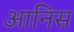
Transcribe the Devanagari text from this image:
आनिस